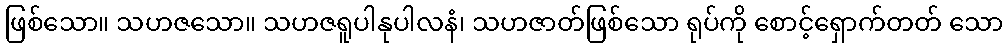
ဖြစ်သော။ သဟဇသော။ သဟဇရူပါနုပါလနံ၊ သဟဇာတ်ဖြစ်သော ရုပ်ကို စောင့်ရှောက်တတ် သော